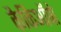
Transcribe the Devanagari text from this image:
कैकिऑपो